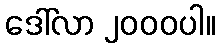
ဒေါ်လာ ၂၀၀၀ပါ။